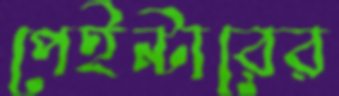
পেইন্টারের